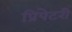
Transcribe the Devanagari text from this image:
प्रिपेटरी